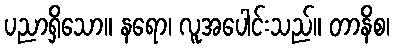
ပညာရှိသော။ နရော၊ လူအပေါင်းသည်။ တာနိစ၊